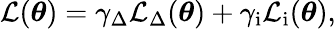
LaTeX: \mathcal{L}(\boldsymbol{\theta})=\gamma_{\Delta}\mathcal{L}_{\Delta}(\boldsymbol{\theta})+\gamma_{\mathrm{i}}\mathcal L_{\mathrm{i}}(\boldsymbol{\theta}),